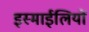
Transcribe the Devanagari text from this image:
इस्माईलियों